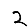
Digit: 2